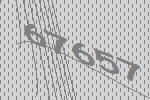
67657